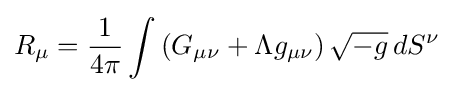
R_{\mu }={\frac {1}{4\pi }}\int \left(G_{\mu \nu }+\Lambda g_{\mu \nu }\right){\sqrt {-g}}\,dS^{\nu }